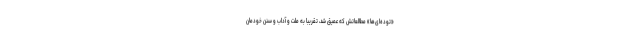
«توده‌ای‌ها» مطالعاتش که عمیق شد، تقریباً به ملت و آداب و سنن خودمان